Report on vaccination in Madras 1904-1921 - 1904-1921
Year: 1904
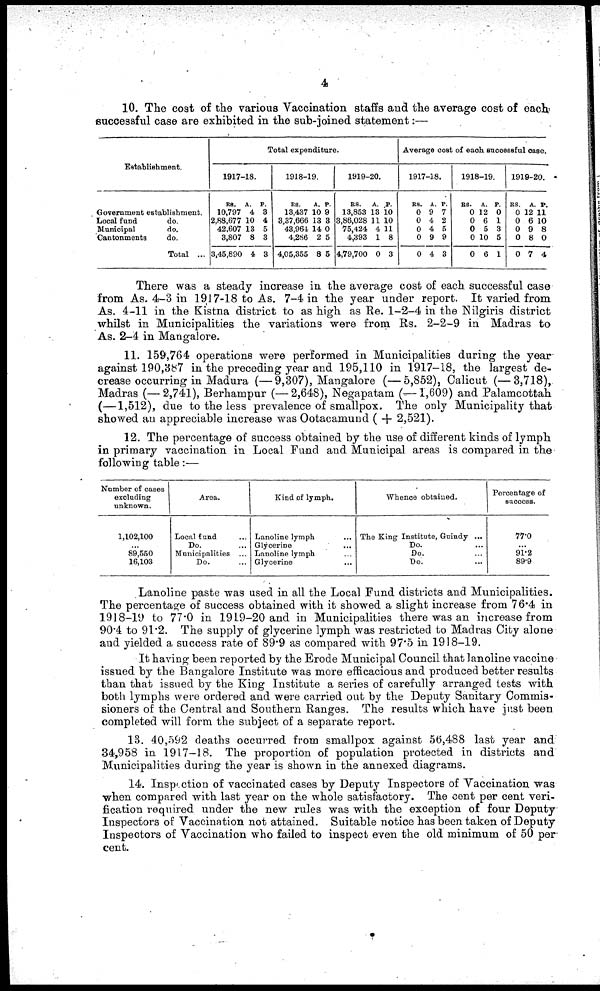
4
10. The cost of the various Vaccination staffs and the average cost of each
successful case are exhibited in the sub-joined statement:—
Establishment.
Government establishment.
Local fund
do.
Municipal
do.
Cantonments
do.
Total ...
Total expenditure.
1917-18.
RS.
10,797
2,88,677
42,607
3,807
3,45,890
A.
4
10
13
8
4
P.
8
4
5
3
3
1918-19.
RS.
13,437
3,37,666
43,964
4,286
4,05,355
A.
10
13
14
2
8
P.
9
3
0
5
5
1919-20.
RS.
13,853
3,86,028
75,424
4,393
4,79,700
A.
13
11
4
1
0
P.
10
10
11
8
3
Average cost of each successful case.
1917-18.
RS.
0
0
0
0
0
A.
9
4
4
9
4
P.
7
2
5
9
3
1918-19.
RS.
0
0
0
0
0
A.
12
6
5
10
6
P.
0
1
3
5
1
1919-20.
RS.
0
0
0
0
0
A
12
6
9
8
7
P.
11
10
8
0
4
There was a steady increase in the average cost of each successful case
from As. 4-3 in 1917-18 to As. 7-4 in the year under report. It varied from
As. 4-11 in the Kistna district to as high as Re. 1-2-4 in the Nilgiris district
whilst in Municipalities the variations were from Rs. 2-2-9 in Madras to
As. 2-4 in Mangalore.
11. 159,764 operations were performed in Municipalities during the year
against 190,387 in the preceding year and 195,110 in 1917-18, the largest de-
crease occurring in Madura (—9,307), Mangalore (—5,852), Calicut (—3,718),
Madras (—2,741), Berhampur (—2,648), Negapatam ( —1,609) and Palamcottah
(—1,512), due to the less prevalence of smallpox. The only Municipality that
showed an appreciable increase was Ootacamund ( + 2,521).
12. The percentage of success obtained by the use of different kinds of lymph
in primary vaccination in Local Fund and Municipal areas is compared in the
following table:—
Number of cases
excluding
unknown.
1,102,100
...
89,550
16,103
Area.
Local fund ..
Do. ...
Municipalities ...
Do. ...
Kind of lymph.
Lanoline lymph ...
Glycerine ...
Lanoline lymph ...
Glycerine ...
Whence obtained.
The King Institute, Guindy ...
Do. ...
Do. ...
Do. ...
Percentage of
success.
77.0
...
91.2
89.9
Lanoline paste was used in all the Local Fund districts and Municipalities.
The percentage of success obtained with it showed a slight increase from 76.4 in
1918-19 to 77.0 in 1919-20 and in Municipalities there was an increase from
90.4 to 91.2. The supply of glycerine lymph was restricted to Madras City alone
and yielded a success rate of 89.9 as compared with 97.5 in 1918-19.
It having been reported by the Erode Municipal Council that lanoline vaccine
issued by the Bangalore Institute was more efficacious and produced better results
than that issued by the King Institute a series of carefully arranged tests with
both lymphs were ordered and were carried out by the Deputy Sanitary Commis-
sioners of the Central and Southern Ranges. The results which have just been
completed will form the subject of a separate report.
13. 40,592 deaths occurred from smallpox against 56,488 last year and
34,958 in 1917-18. The proportion of population protected in districts and
Municipalities during the year is shown in the annexed diagrams.
14. Inspection of vaccinated cases by Deputy Inspectors of Vaccination was
when compared with last year on the whole satisfactory. The cent per cent veri-
fication required under the new rules was with the exception of four Deputy
Inspectors of Vaccination not attained. Suitable notice has been taken of Deputy
Inspectors of Vaccination who failed to inspect even the old minimum of 50 per-
cent.